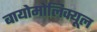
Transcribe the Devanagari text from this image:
बायोमोलिक्यूल